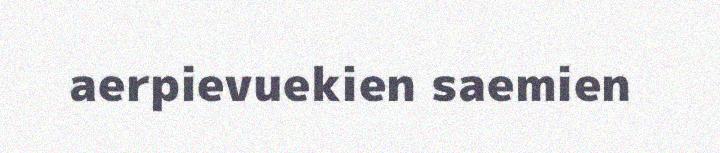
aerpievuekien saemien